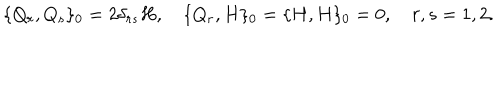
\{ Q _ { r } , Q _ { s } \} _ { 0 } = 2 \delta _ { r s } H , \quad \{ Q _ { r } , H \} _ { 0 } = \{ H , H \} _ { 0 } = 0 , \quad r , s = 1 , 2 .